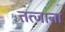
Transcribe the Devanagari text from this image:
तत्जाना